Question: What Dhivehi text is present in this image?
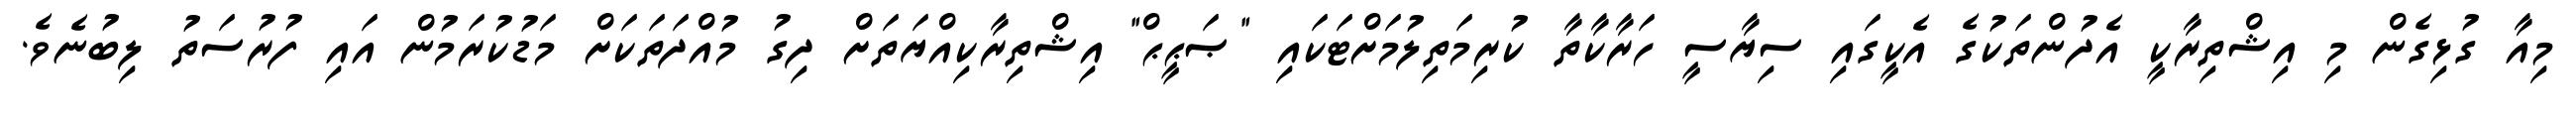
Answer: މިއާ ގުޅިގެން މި އިޝްތިރާކީ އެދުންތަކުގެ އެކީގައި ސިޔާސީ ހަރާކާތާ ކުރިމަތިލުމަށްޓަކައި "ޞަޙީޙް" އިޝްތިރާކިއްޔަތަށް ދިގު މުއްދަތަކަށް މަޑުކުރަމުން އައި ފުރުސަތު ލިބުނެވެ.